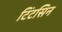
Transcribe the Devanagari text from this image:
टिंटसिन